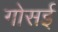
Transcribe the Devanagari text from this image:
गोसई